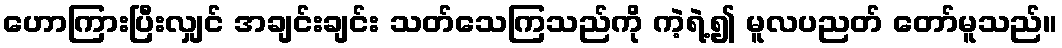
ဟောကြားပြီးလျှင် အချင်းချင်း သတ်သေကြသည်ကို ကဲ့ရဲ့၍ မူလပညတ် တော်မူသည်။